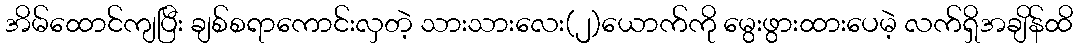
အိမ်ထောင်ကျပြီး ချစ်စရာကောင်းလှတဲ့ သားသားလေး(၂)ယောက်ကို မွေးဖွားထားပေမဲ့ လက်ရှိအချိန်ထိ